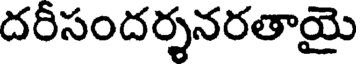
దరీసందర్శనరతాయై